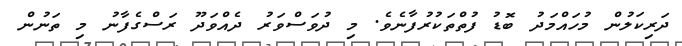
ދަރިކަލުން މުހައްމަދު ބޮޑު ފުތްތަކުރުފާނެވެ. މި ދުވަސްވަރު ދެއްވަދޫ ރަސްގެފާނު މި ތަނުން